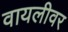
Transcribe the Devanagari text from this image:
वायलीवर